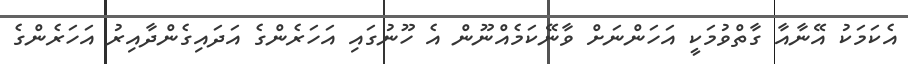
އެކަމަކު އޭނާއާ ގާތްވުމަކީ އަހަންނަށް ވާނޭކަމެއްނޫން އެ ހޫނުގައި އަހަރެންގެ އަދައިގެންދާއިރު އަހަރެންގެ